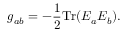
g _ { a b } = - { \frac { 1 } { 2 } } \mathrm { T r } ( E _ { a } E _ { b } ) .